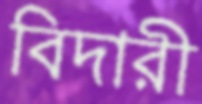
বিদারী